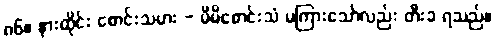
၈၆။ နားထိုင်း စောင်းသမား - မိမိစောင်းသံ မကြားသော်လည်း တီးခ ရသည်။